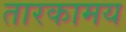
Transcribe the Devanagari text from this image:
तारकामय